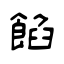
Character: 餡